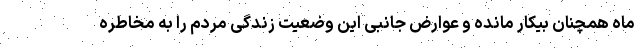
ماه همچنان بیکار مانده و عوارض جانبی این وضعیت زندگی مردم را به مخاطره